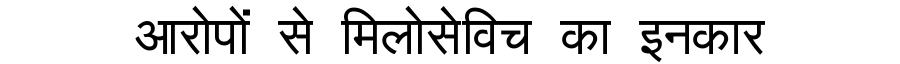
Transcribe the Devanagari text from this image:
आरोपों से मिलोसेविच का इनकार